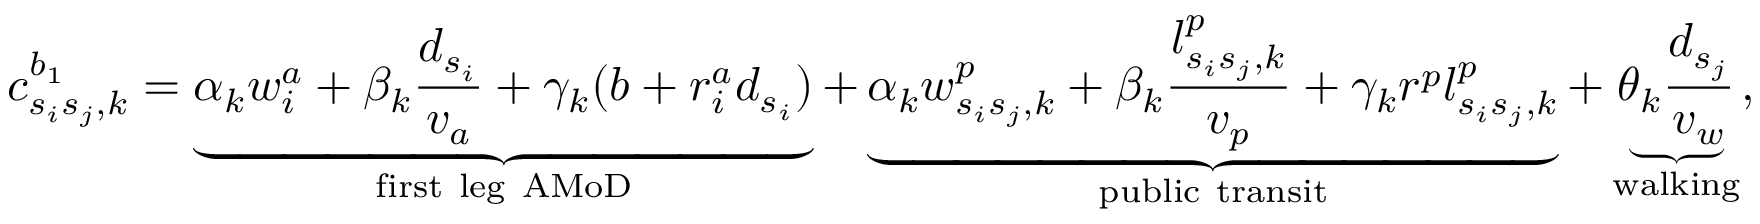
c _ { s _ { i } s _ { j } , k } ^ { b _ { 1 } } = \underbrace { \alpha _ { k } w _ { i } ^ { a } + \beta _ { k } \frac { d _ { s _ { i } } } { v _ { a } } + \gamma _ { k } ( b + r _ { i } ^ { a } d _ { s _ { i } } ) } _ { \mathrm { f i r s t ~ l e g ~ A M o D } } + \underbrace { \alpha _ { k } w _ { s _ { i } s _ { j } , k } ^ { p } + \beta _ { k } \frac { l _ { s _ { i } s _ { j } , k } ^ { p } } { v _ { p } } + \gamma _ { k } r ^ { p } l _ { s _ { i } s _ { j } , k } ^ { p } } _ { \mathrm { p u b l i c ~ t r a n s i t } } + \underbrace { \theta _ { k } \frac { d _ { s _ { j } } } { v _ { w } } } _ { \mathrm { w a l k i n g } } ,